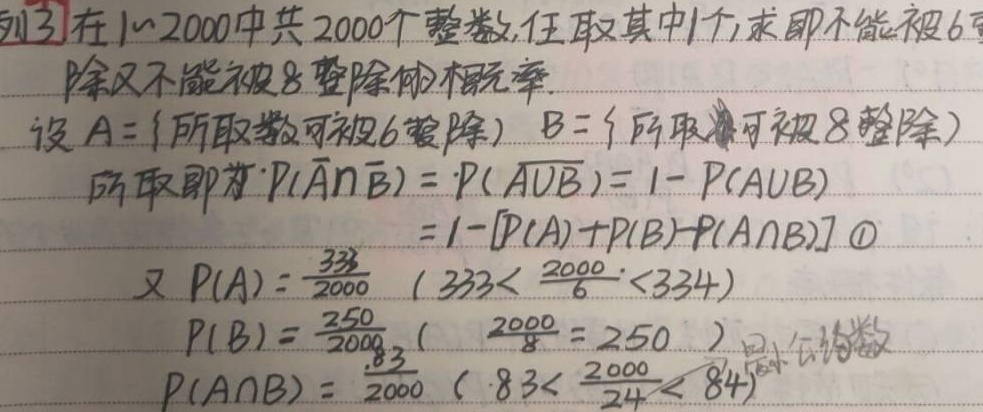
例3：在 \(1\sim2000\) 中共 \(2000\) 个整数，任取其中1个，求既不能被 \(6\) 整除又不能被 \(8\) 整除的概率。
设 \(A = \{\text{所取数可被}6\text{整除}\}\)，\(B=\{\text{所取数可被}8\text{整除}\}\)
所求即为 \(P(\overline{A}\cap\overline{B})=P(\overline{A\cup B}) = 1 - P(A\cup B)\)
\(=1-[P(A)+P(B)-P(A\cap B)]\quad\textcircled{1}\)
又 \(P(A)=\frac{333}{2000}\)（\(333<\frac{2000}{6}<334\)）
\(P(B)=\frac{250}{2000}\)（\(\frac{2000}{8}=250\)）
\(P(A\cap B)=\frac{83}{2000}\)（\(83<\frac{2000}{24}<84\)）